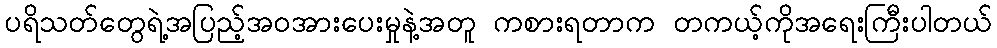
ပရိသတ်တွေရဲ့အပြည့်အဝအားပေးမှုနဲ့အတူ ကစားရတာက တကယ့်ကိုအရေးကြီးပါတယ်